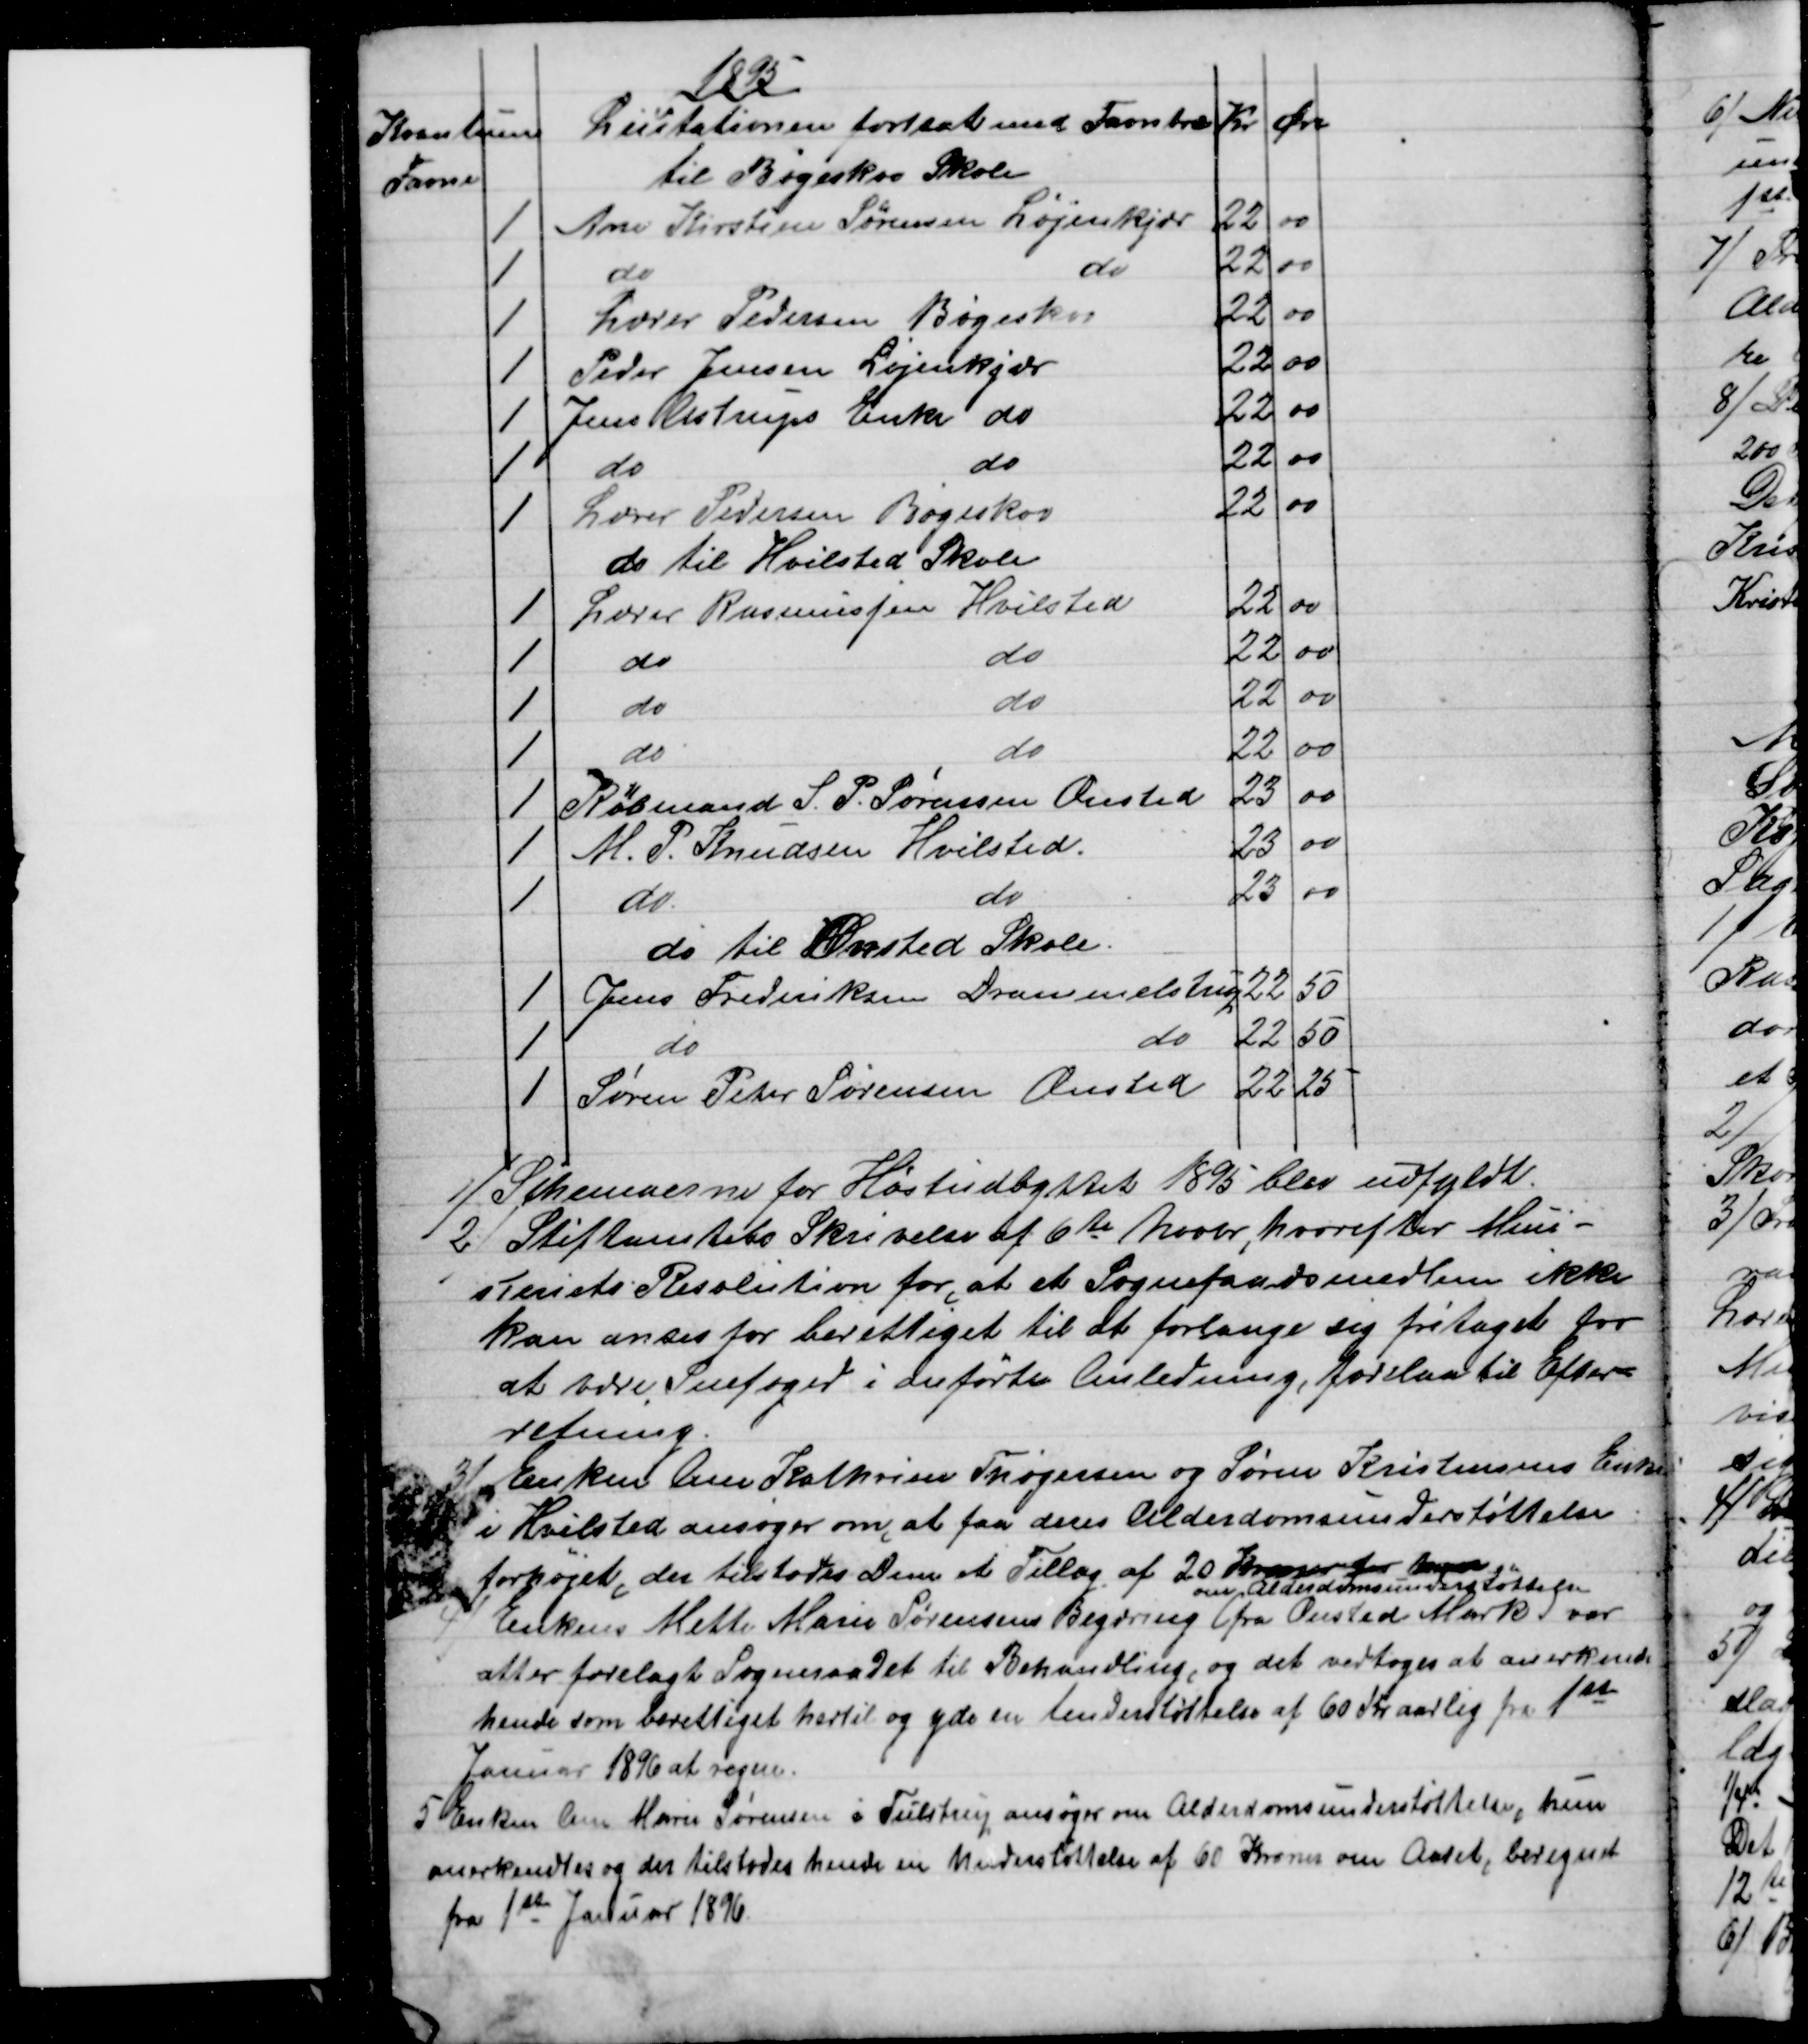
Transskription:
1895
Kvantum
Licitationen fortsat med Favntræ
Kr
Øre
Favne
til Bøgeskov Skole
1
Ane Kirstine Sørensen Løjenkjær
22
00
1
do
do
22
00
1
Lærer Pedersen Bøgeskov
22
00
1
Peder Jensen Løjenkjær
22
00
1
Jens Astrups Enke do
22
00
1
do 
do
22
00
1
Lærer Pedersen Bøgeskov
22
00
do til Hvilsted Skole
1
Lærer Rasmussen Hvilsted
22
00
1
do 
do
22
00
1
do
do
22
00
1
do
do
22
00
1
Købmand S. P. Sørensen Onsted
23
00
1 
M. P. Knudsen Hvilsted.
23
00
1
do
do
23
00
do til Onsted Skole.
1
Jens Frederiksen Drammelstrup 
22
50
1
do
do
22
50
1
Søren Peter Sørensen Onsted
22
25
1) 
 Schemaerne for Høstudbyttet 1895 blev udfyldt.
2) 
Stiftamtets Skrivelse af 6te Novbr, hvorefter Mini-
steriets Resolution for, at et Sogneraadsmedlem ikke
kan anses for berettiget til at forlange sig fritaget for
at være Snefoged i anførte Anledning, forelaa til Efter-
retning.
3)
Enken Ane Kathrine Thøgersen og Søren Kristensens Enke
i Hvilsted ansøger om, at faa deres Alderdomsunderstøttelse
forhøjet, der tilstodes Dem et Tillæg af 20 Kroner for Aaret
4)
Enken Mette Marie Sørensens Begæring
om Alderdomsunderstøttelse
(fra Onsted Mark) var
atter forelagt Sogneraadet til Behandling, og det vedtoges at anerkende
hende som berettiget hertil og yde en Understøttelse af 60 Kr aarlig fra 1ste
Januar 1896 at regne.
5) 
Enken Ane Marie Sørensen i Tulstrup ansøger om Alderdomsunderstøttelse, hun
anerkendtes og der tilstodes hende en Understøttelse af 60 Kroner om Aaret, beregnet
fra 1ste Januar 1896